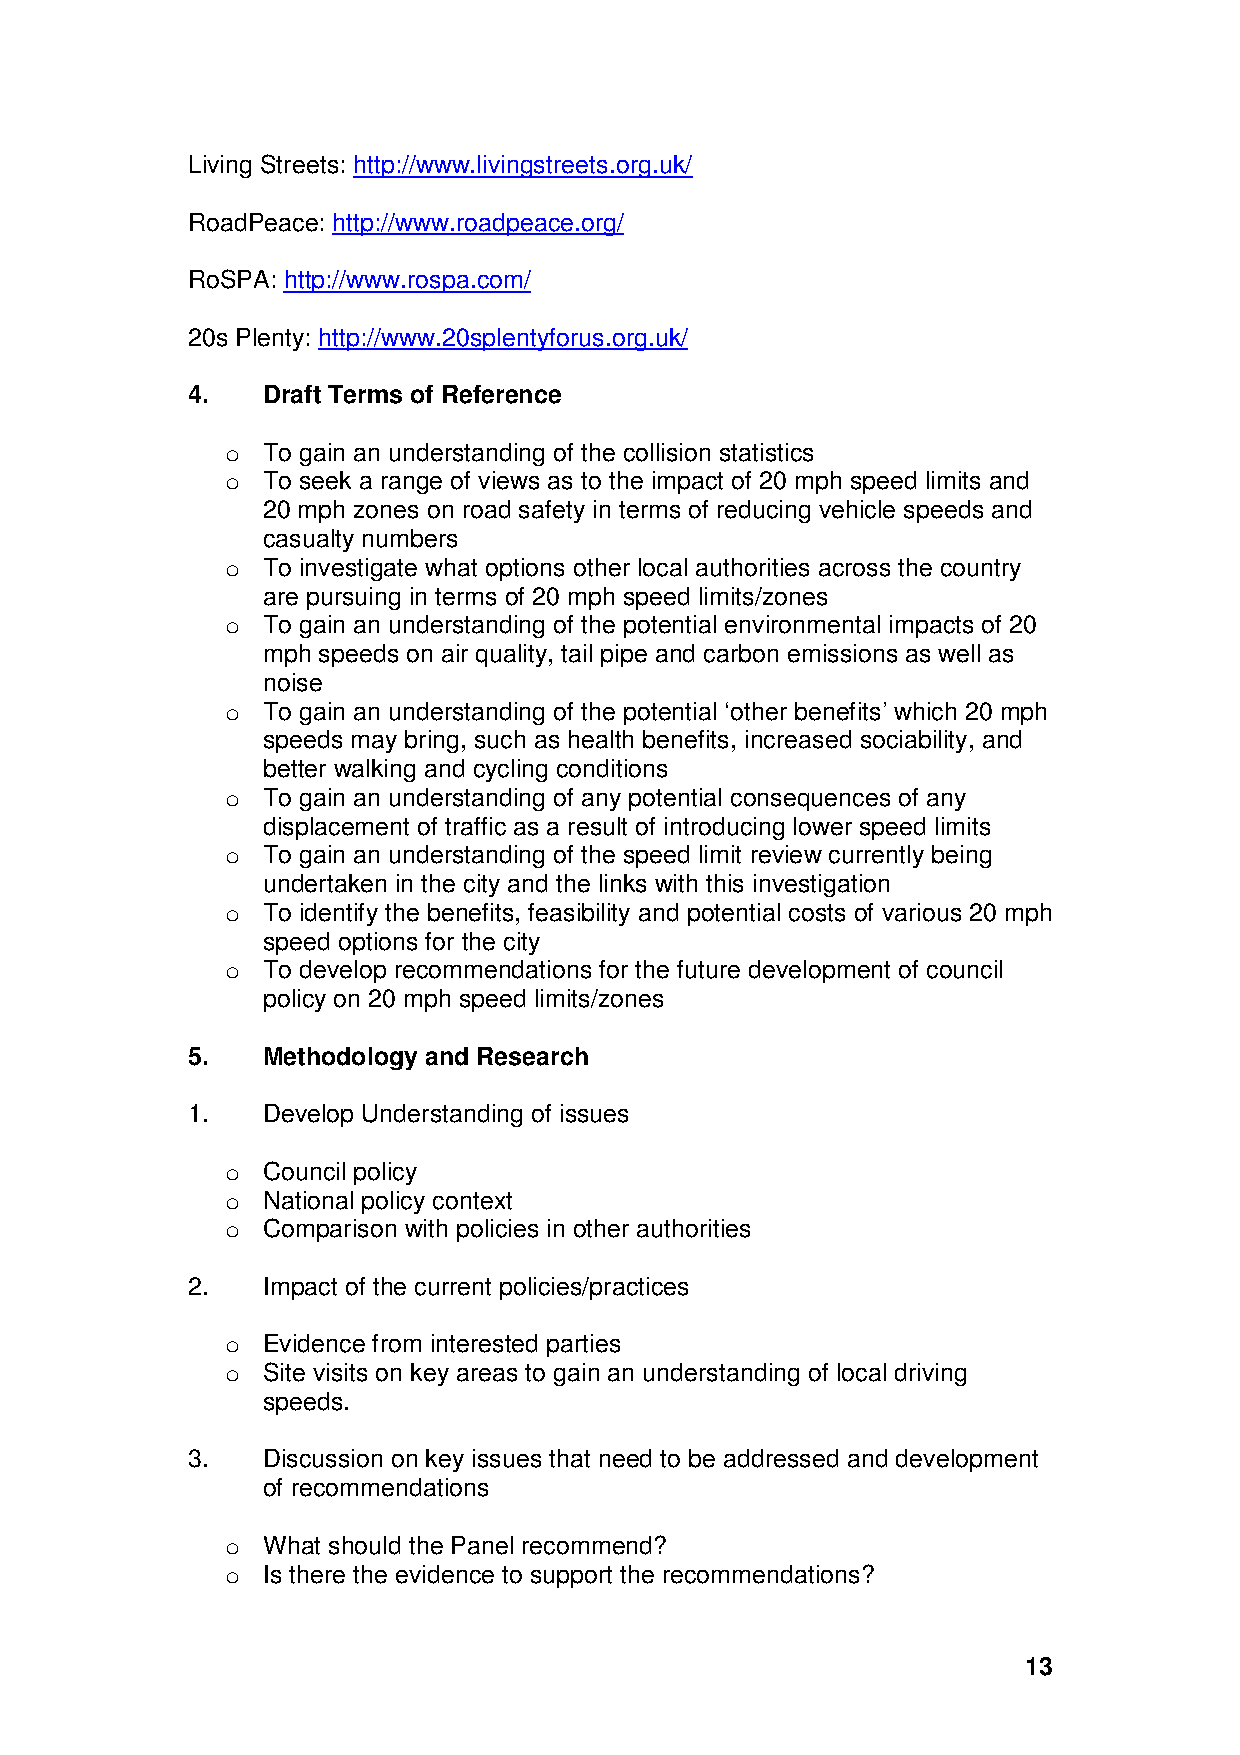
Living Streets: http://www.livingstreets.org.uk/
 RoadPeace: http://www.roadpeace.org/
 RoSPA: http://www.rospa.com/
 20s Plenty: http://www.20splentyforus.org.uk/
 4.   Draft Terms of Reference
 o To gain an understanding of the collision statistics
 o To seek a range of views as to the impact of 20 mph speed limits and
 20 mph zones on road safety in terms of reducing vehicle speeds and
 casualty numbers
 o To investigate what options other local authorities across the country
 are pursuing in terms of 20 mph speed limits/zones
 o To gain an understanding of the potential environmental impacts of 20
 mph speeds on air quality, tail pipe and carbon emissions as well as
 noise
 o To gain an understanding of the potential ‘other benefits’ which 20 mph
 speeds may bring, such as health benefits, increased sociability, and
 better walking and cycling conditions
 o To gain an understanding of any potential consequences of any
 displacement of traffic as a result of introducing lower speed limits
 o To gain an understanding of the speed limit review currently being
 undertaken in the city and the links with this investigation
 o To identify the benefits, feasibility and potential costs of various 20 mph
 speed options for the city
 o To develop recommendations for the future development of council
 policy on 20 mph speed limits/zones
 5.   Methodology and Research
 1.   Develop Understanding of issues
 o Council policy
 o National policy context
 o Comparison with policies in other authorities
 2.   Impact of the current policies/practices
 o Evidence from interested parties
 o Site visits on key areas to gain an understanding of local driving
 speeds.
 3.   Discussion on key issues that need to be addressed and development
 of recommendations
 o What should the Panel recommend?
 o Is there the evidence to support the recommendations?
 13